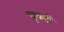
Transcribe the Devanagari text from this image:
चुक्यौ